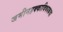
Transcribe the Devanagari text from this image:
जमीनहक्काविषयकचा